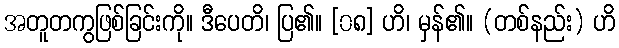
အတူတကွဖြစ်ခြင်းကို။ ဒီပေတိ၊ ပြ၏။ [၀၈] ဟိ၊ မှန်၏။ (တစ်နည်း) ဟိ